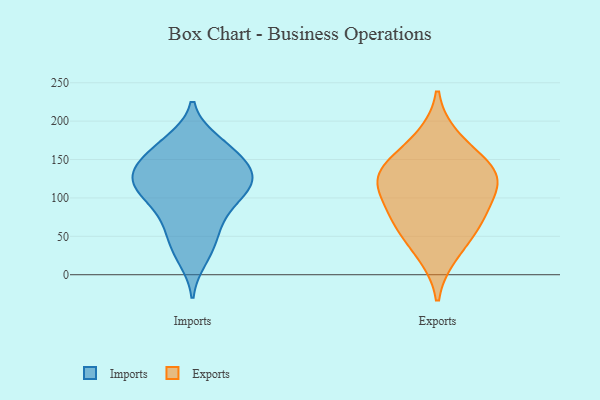
{"axis": {"x": "Satisfaction Score", "y": "Value"}, "legend": ["Exports", "Imports"], "data": [{"x": "", "y": 32, "type": "Imports"}, {"x": "", "y": 112, "type": "Imports"}, {"x": "", "y": 139, "type": "Imports"}, {"x": "", "y": 129, "type": "Imports"}, {"x": "", "y": 97, "type": "Imports"}, {"x": "", "y": 166, "type": "Imports"}, {"x": "", "y": 50, "type": "Imports"}, {"x": "", "y": 103, "type": "Imports"}, {"x": "", "y": 70, "type": "Imports"}, {"x": "", "y": 125, "type": "Imports"}, {"x": "", "y": 138, "type": "Imports"}, {"x": "", "y": 172, "type": "Imports"}, {"x": "", "y": 118, "type": "Imports"}, {"x": "", "y": 98, "type": "Imports"}, {"x": "", "y": 65, "type": "Imports"}, {"x": "", "y": 21, "type": "Imports"}, {"x": "", "y": 151, "type": "Imports"}, {"x": "", "y": 120, "type": "Imports"}, {"x": "", "y": 146, "type": "Imports"}, {"x": "", "y": 174, "type": "Imports"}, {"x": "", "y": 146, "type": "Exports"}, {"x": "", "y": 79, "type": "Exports"}, {"x": "", "y": 27, "type": "Exports"}, {"x": "", "y": 135, "type": "Exports"}, {"x": "", "y": 59, "type": "Exports"}, {"x": "", "y": 178, "type": "Exports"}, {"x": "", "y": 74, "type": "Exports"}, {"x": "", "y": 117, "type": "Exports"}, {"x": "", "y": 128, "type": "Exports"}, {"x": "", "y": 115, "type": "Exports"}]}